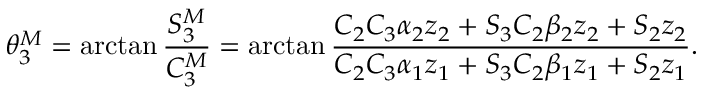
\theta _ { 3 } ^ { M } = \arctan \frac { S _ { 3 } ^ { M } } { C _ { 3 } ^ { M } } = \arctan \frac { C _ { 2 } C _ { 3 } \alpha _ { 2 } z _ { 2 } + S _ { 3 } C _ { 2 } \beta _ { 2 } z _ { 2 } + S _ { 2 } z _ { 2 } } { C _ { 2 } C _ { 3 } \alpha _ { 1 } z _ { 1 } + S _ { 3 } C _ { 2 } \beta _ { 1 } z _ { 1 } + S _ { 2 } z _ { 1 } } .